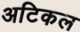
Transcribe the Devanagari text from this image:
अटिकल